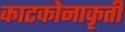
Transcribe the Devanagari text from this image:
काटकोनाकृती